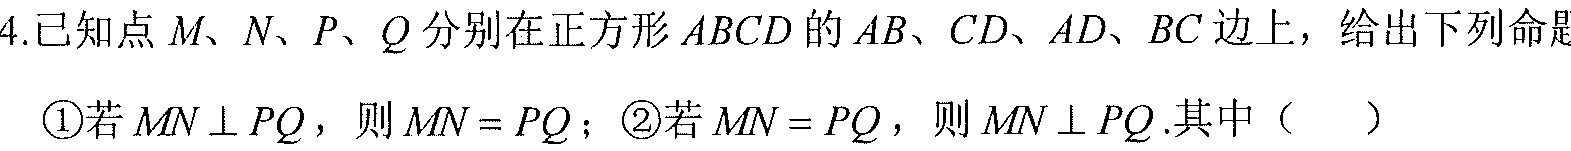
4.已知点\(M、N、P、Q\)分别在正方形\(ABCD\)的\(AB、CD、AD、BC\)边上，给出下列命题
\textcircled{1}若\(MN\perp PQ\)，则\(MN = PQ\)；\textcircled{2}若\(MN = PQ\)，则\(MN\perp PQ\).其中（  ）